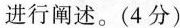
进行阐述。(4分）